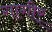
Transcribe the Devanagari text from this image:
गागीर्